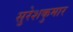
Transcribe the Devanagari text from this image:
सुरेशकुमार